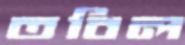
তবিল